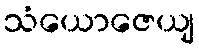
သံယောဇေယျ